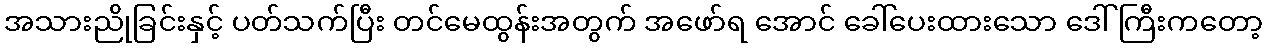
အသားညိုခြင်းနှင့် ပတ်သက်ပြီး တင်မေထွန်းအတွက် အဖော်ရ အောင် ခေါ်ပေးထားသော ဒေါ်ကြီးကတော့